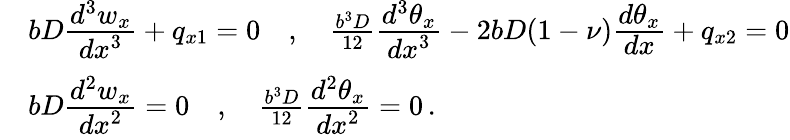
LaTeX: {\begin{array}{rl}&{bD{\cfrac{d^{3}w_{x}}{dx^{3}}}+q_{x1}=0\quad,\quad{\frac{b^{3}D}{12}}{\cfrac{d^{3}\theta_{x}}{dx^{3}}}-2bD(1-\nu){\cfrac{d\theta_{x}}{dx}}+q_{x2}=0}\\ &{bD{\cfrac{d^{2}w_{x}}{dx^{2}}}=0\quad,\quad{\frac{b^{3}D}{12}}{\cfrac{d^{2}\theta_{x}}{dx^{2}}}=0\, .}\end{array}}